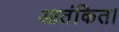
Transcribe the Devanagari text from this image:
आतंकित।